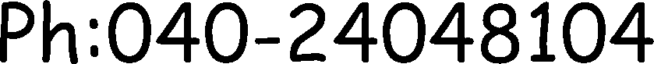
Ph:040-24048104